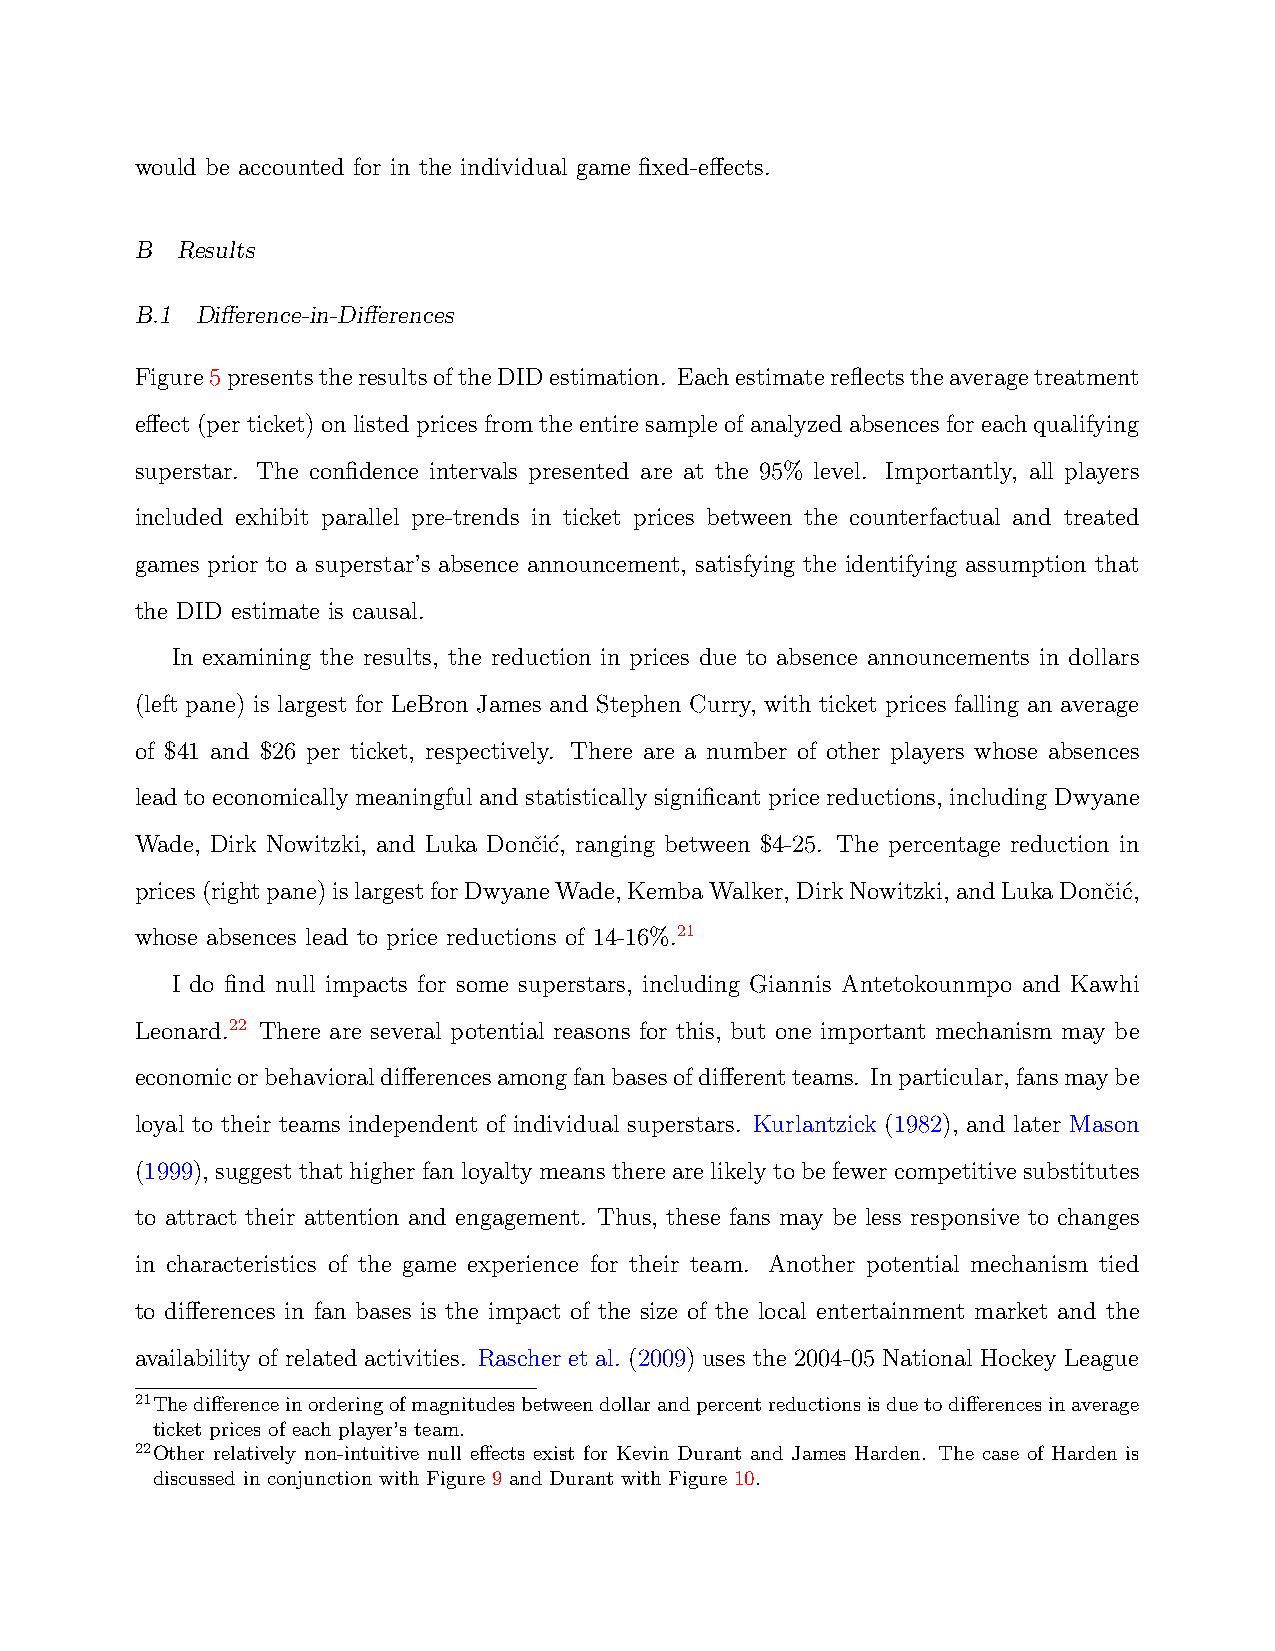
would be accounted for in the individual game fixed-effects.
 B  Results
 B.1 Difference-in-Differences
 Figure5presentstheresultsoftheDIDestimation. Eachestimatereflectstheaveragetreatment
 effect(perticket)onlistedpricesfromtheentiresampleofanalyzedabsencesforeachqualifying
 superstar. The confidence intervals presented are at the 95% level. Importantly, all players
 included exhibit parallel pre-trends in ticket prices between the counterfactual and treated
 games prior to a superstar’s absence announcement, satisfying the identifying assumption that
 the DID estimate is causal.
 In examining the results, the reduction in prices due to absence announcements in dollars
 (left pane) is largest for LeBron James and Stephen Curry, with ticket prices falling an average
 of $41 and $26 per ticket, respectively. There are a number of other players whose absences
 lead to economically meaningful and statistically significant price reductions, including Dwyane
 Wade, Dirk Nowitzki, and Luka Donˇci´c, ranging between $4-25. The percentage reduction in
 prices(rightpane)islargestforDwyaneWade,KembaWalker,DirkNowitzki,andLukaDonˇci´c,
 whose absences lead to price reductions of 14-16%.21
 I do find null impacts for some superstars, including Giannis Antetokounmpo and Kawhi
 Leonard.22 There are several potential reasons for this, but one important mechanism may be
 economicorbehavioraldifferencesamongfanbasesofdifferentteams. Inparticular,fansmaybe
 loyal to their teams independent of individual superstars. Kurlantzick (1982), and later Mason
 (1999), suggestthathigherfanloyaltymeanstherearelikelytobefewercompetitivesubstitutes
 to attract their attention and engagement. Thus, these fans may be less responsive to changes
 in characteristics of the game experience for their team. Another potential mechanism tied
 to differences in fan bases is the impact of the size of the local entertainment market and the
 availability of related activities. Rascher et al. (2009) uses the 2004-05 National Hockey League
 21Thedifferenceinorderingofmagnitudesbetweendollarandpercentreductionsisduetodifferencesinaverage
 ticket prices of each player’s team.
 22Other relatively non-intuitive null effects exist for Kevin Durant and James Harden. The case of Harden is
 discussed in conjunction with Figure 9 and Durant with Figure 10.